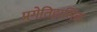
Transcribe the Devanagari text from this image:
प्रगेतिहासिक